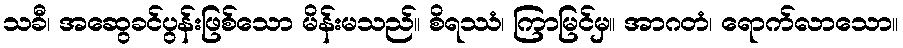
သခီ၊ အဆွေခင်ပွန်းဖြစ်သော မိန်းမသည်။ စိရဿံ၊ ကြာမြင်မှ။ အာဂတံ၊ ရောက်လာသော။